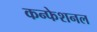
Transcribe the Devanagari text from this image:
कन्फेशनल